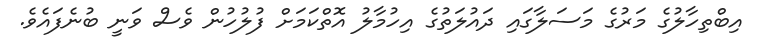
އިބްތިހާލުގެ މަރުގެ މަސަލާގައި ދައުލަތުގެ އިހުމާލު އޮތްކަމަށް ފުލުހުން ވެސް ވަނީ ބުނެފައެވެ.